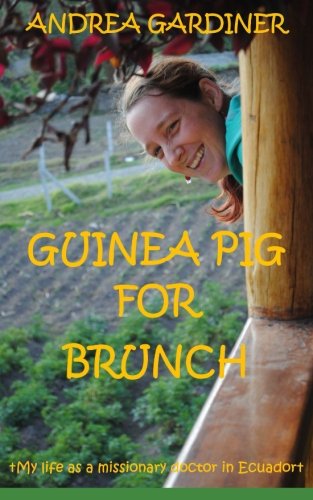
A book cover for Guinea Pig For Brunch: My life as a missionary doctor in Ecuador (Volume 2); Andrea Gardiner; Travel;